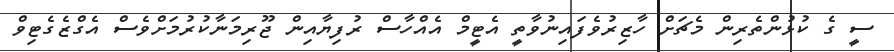
ސީ ގެ ކުޅުންތެރިން މެޗަށް ހާޒިރުވެފައިނުވާތީ އެޓީމް އެއްހާސް ރުފިޔާއިން ޖޫރިމަނާކުރުމަށްވެސް އެގްޒެގެޓިވް